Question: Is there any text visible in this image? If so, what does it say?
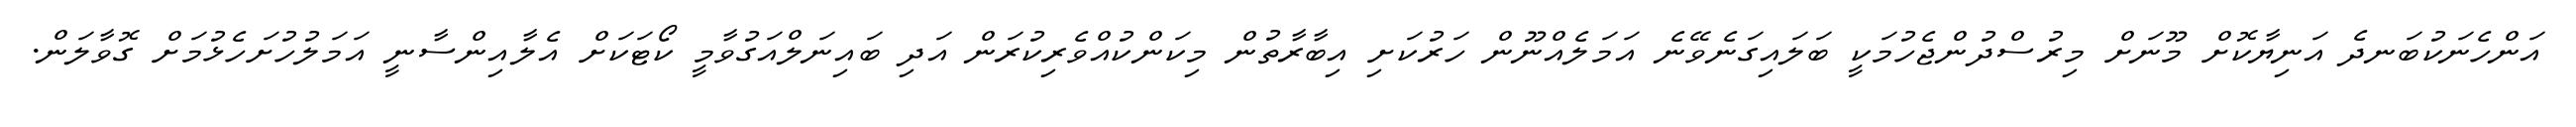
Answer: އަންހެނަކުބަނދެ އަނިޔާކޮށް މޫނަށް މިރުސްދުންޖެހުމަކީ ބަލައިގަނެވޭނެ އަމަލެއްނޫން ހަރުކަށި އިބާރާތުން މިކަންކުއްވެރިކުރަން އަދި ބައިނަލްއަގުވާމީ ކޯޓަކަށް އެލާއިންސާނީ އަމަލުހުށަހެޅުމަށް ގޮވާލަން.